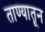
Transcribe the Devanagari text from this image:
ताण्यातून